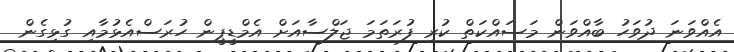
އެއްވަނަ ދުވަހު ބާއްވަން މަސައްކަތް ކުރި ފުރަތަމަ ޖަލްސާއަށް އެމްޑީޕީން ހުރަސްއެޅުމާއި ގުޅިގެން